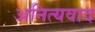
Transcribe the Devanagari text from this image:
अनित्यवाद